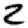
Digit: 2